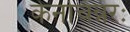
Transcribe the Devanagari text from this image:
केनचिन्नरः